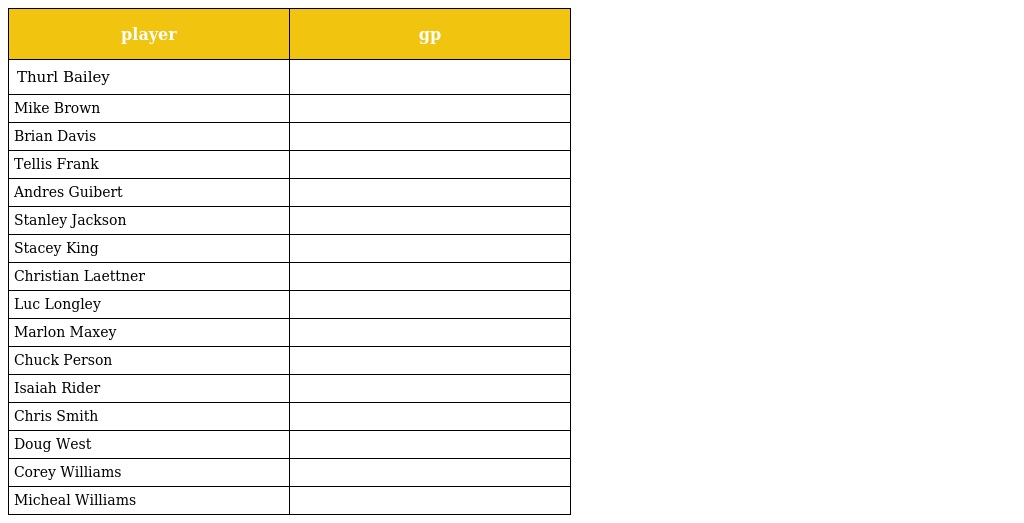
| player | gp |
 | --- | --- |
 | Thurl Bailey |  |
 | Mike Brown |  |
 | Brian Davis |  |
 | Tellis Frank |  |
 | Andres Guibert |  |
 | Stanley Jackson |  |
 | Stacey King |  |
 | Christian Laettner |  |
 | Luc Longley |  |
 | Marlon Maxey |  |
 | Chuck Person |  |
 | Isaiah Rider |  |
 | Chris Smith |  |
 | Doug West |  |
 | Corey Williams |  |
 | Micheal Williams |  |